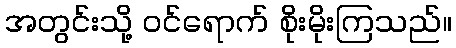
အတွင်းသို့ ဝင်ရောက် စိုးမိုးကြသည်။